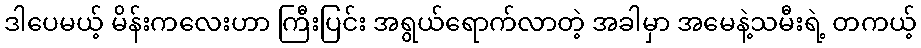
ဒါပေမယ့် မိန်းကလေးဟာ ကြီးပြင်း အရွယ်ရောက်လာတဲ့ အခါမှာ အမေနဲ့သမီးရဲ့ တကယ့်